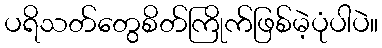
ပရိသတ်တွေစိတ်ကြိုက်ဖြစ်မဲ့ပုံပါပဲ။